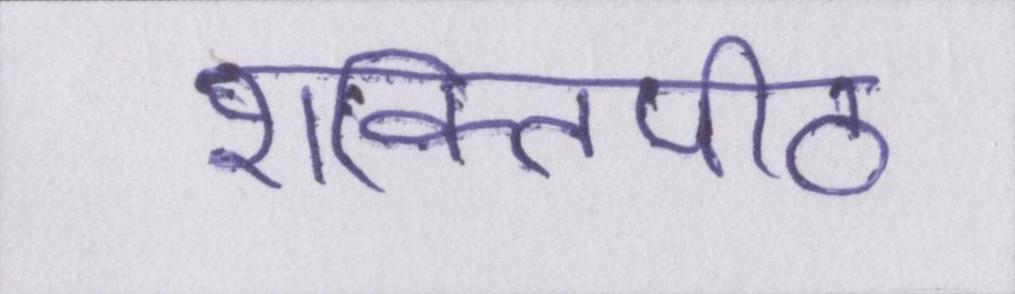
शक्तिपीठ